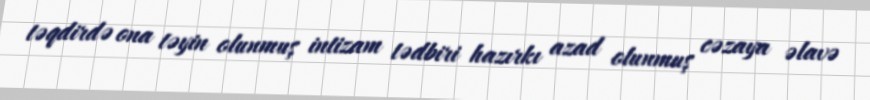
təqdirdə ona təyin olunmuş intizam tədbiri hazırkı azad olunmuş cəzaya əlavə